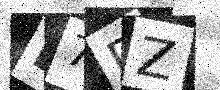
Text: B7DZ